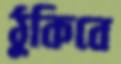
ঠুকিবে